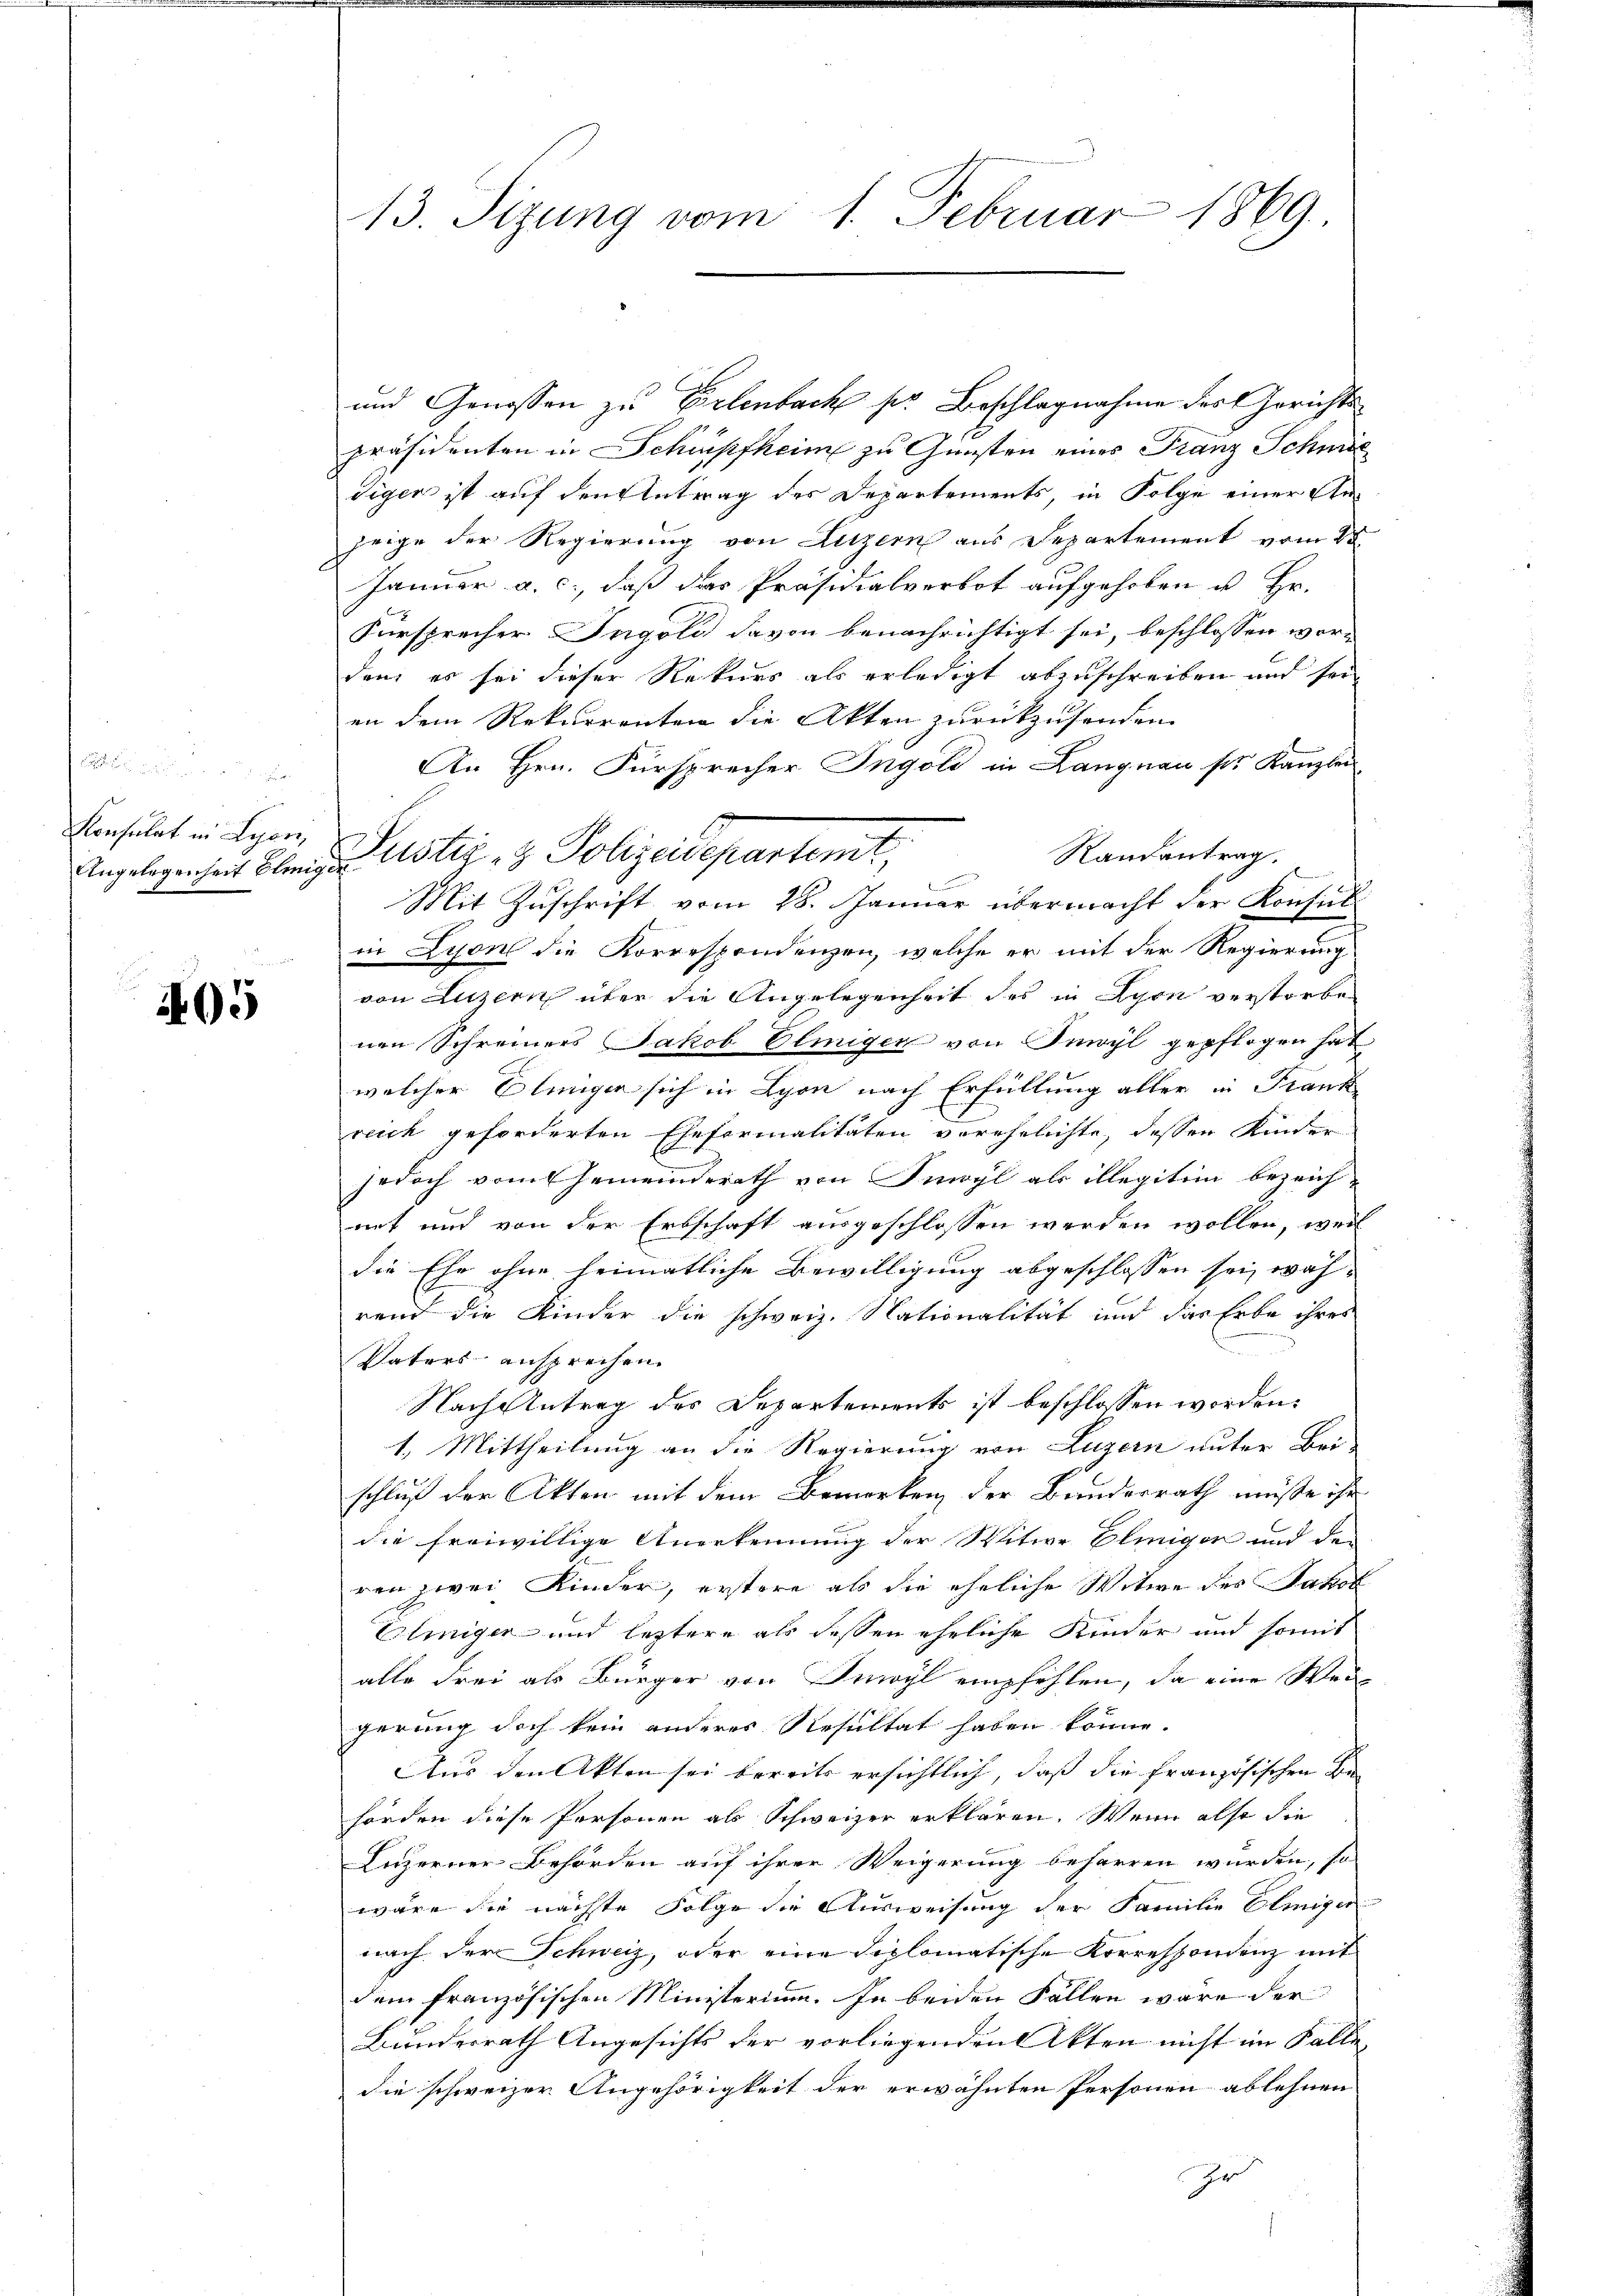
Konsulat in Lyon,

95

13. Sizung vom 1. Februar 1869

und Genossen zu Erlenbach ser Beschlagnahme des Gerichtspräsidenten in Schüpfheim zu Gunsten eines Franz Schmöl
diger ist auf den Antrag des Departements in Folge einer An-
zeige der Regierung von Litzern aus Separtement vom 28
Januar a. c., daß das Präsidialverbot aufgehoben u. Hr.
Fürsprecher Ingold davon benachrichtigt sei, beschlossen worden, es sei dieser Rekurs als erledigt abzuschreiben und seien dem Rekurrenten die Akten zurückzusenden.
An Hrn. Fürsprecher Ingold in Langnau s. Kanzlei
Randantrag.
Angelegenheit Bleniustiz- & Polizeidepartemt,
Mit Zuschrift vom 28. Januar übermacht der Konsil
in Lyon die Korrespondenzen, welche er mit der Regierung
von Luzern über die Angelegenheit des in Lyon verstorbe
nen Schreiners Jakob Elmiger von Inwyl gepflogen hat
welcher Blungen sich in Lyon nach Erfüllung aller in Frank
reich geforderten Eheformalitäten verehelichte, dessen Kinder
jedoch vom Gemeinderath von Inwyl als illegitim bezeich-
net und von der Erbschaft ausgeschlossen werden wollen, weil
die Ehe ohne heimatliche Bewilligung abgeschlossen sei, wäh-
rend die Kinder die schweiz. Nationalität und das Erbe ihres
Vaters ansprechen.
Nach Antrag des Departements ist beschlossen worden.
1. Mittheilung an die Regierung von Luzern unter Bei-
schluß der Akten mit dem Bemerken der Bundesrath müsse ihr
die freiwillige Anerkennung der Witwe Eliniger und der
ren zwei Kinder, erstere als die eheliche Witwe des Jakob
Eliiger und leztere als dessen ehrliche Kinder und somit
alle drei als Bürger von Inwyl empfehlen, da eine Weigerung doch kein anderes Resultat haben könne.
Aus den Akten sei bereits ersichtlich, daß die französischen Behörden diese Personen als Schweizer erklären. Wenn also die
Luzerner Behörden auf ihrer Weigerung beharren wurden, so
wäre sie nächste Folge die Ausweisung der Familie Elmiger
nach der Schweiz, oder eine diplomatische Korrespondenz mit
dem französischen Ministerium. In beiden Fallen wäre der
Bundesrath Angesichts der vorliegenden Akten nicht im Falle
die schweizer Angehörigkeit der erwähnten Personen ablehnen
Ir